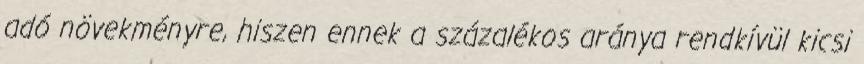
adó növekményre, hiszen ennek a százalékos aránya rendkívül kicsi